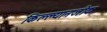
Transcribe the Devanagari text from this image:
किल्ल्यानजीक